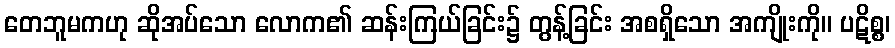
တေဘူမကဟု ဆိုအပ်သော လောက၏ ဆန်းကြယ်ခြင်း၌ တွန့်ခြင်း အစရှိသော အကျိုးကို။ ပဋိစ္စ၊